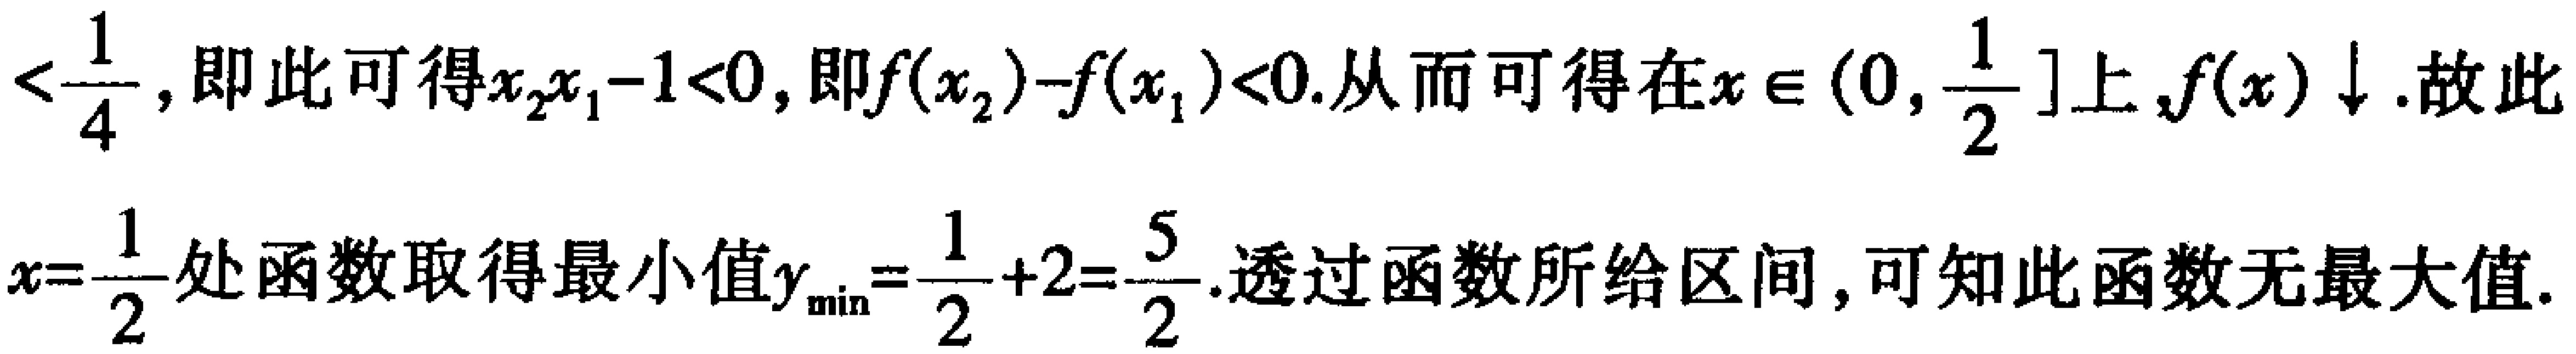
$<\frac{1}{4}, 即此可得x_{2}x_{1} - 1 < 0, 即f(x_{2}) - f(x_{1}) < 0. 从而可得在x \in (0, \frac{1}{2}]上, f(x)\downarrow. 故此\\x = \frac{1}{2}处函数取得最小值y_{\min}=\frac{1}{2}+2 = \frac{5}{2}. 透过函数所给区间, 可知此函数无最大值.$